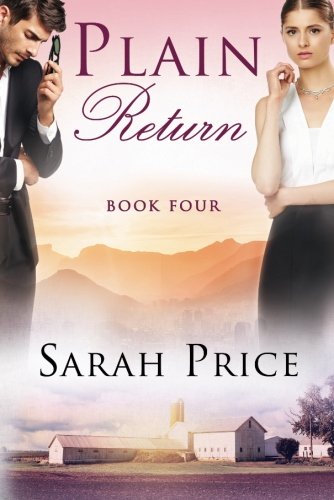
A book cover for Plain Return (The Plain Fame Series); Sarah Price; Romance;